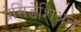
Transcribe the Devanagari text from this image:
प्रेसिडेंशिअल